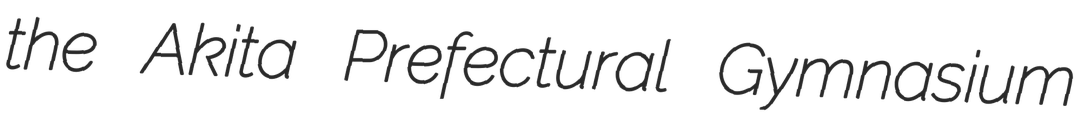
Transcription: the Akita Prefectural Gymnasium